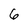
Character: 6